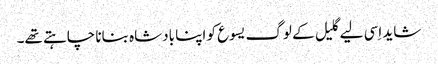
‏ شاید اِسی لیے گلیل کے لوگ یسوع کو اپنا بادشاہ بنانا چاہتے تھے۔